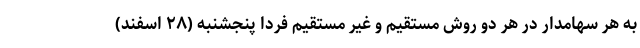
به هر سهامدار در هر دو روش مستقیم و غیر مستقیم فردا پنجشنبه (۲۸ اسفند)